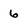
Character: 6